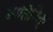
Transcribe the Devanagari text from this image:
आतिरिक्त्